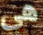
هي